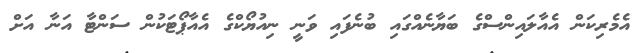
އެމެރިކަން އެއާލައިންސްގެ ބަޔާނެއްގައި ބުނެފައި ވަނީ ނިއުޔޯކްގެ އެއާޕޯޓަކުން ސަންޓާ އަނާ އަށް